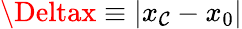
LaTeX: \Deltax\equiv|x_{\mathcal{C}}-x_{0}|